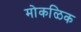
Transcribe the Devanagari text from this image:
मोकळिक